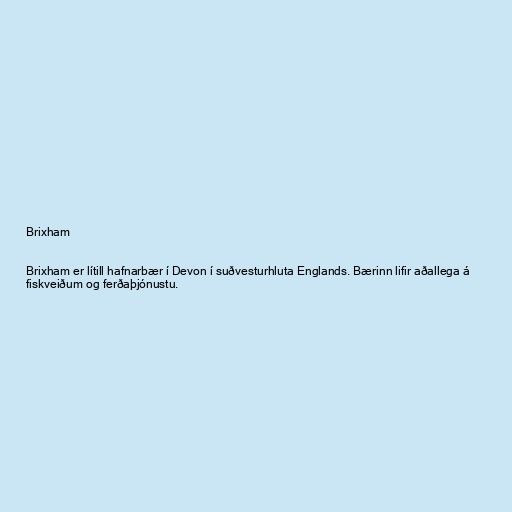
Brixham

Brixham er lítill hafnarbær í Devon í suðvesturhluta Englands. Bærinn lifir aðallega á
fiskveiðum og ferðaþjónustu.